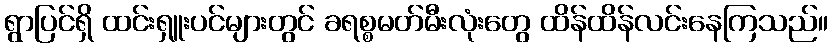
ရွာပြင်ရှိ ထင်းရှူးပင်များတွင် ခရစ္စမတ်မီးလုံးတွေ ထိန်ထိန်လင်းနေကြသည်။